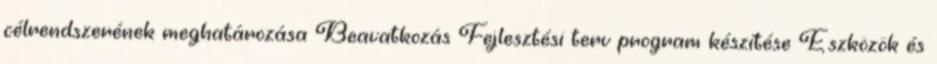
célrendszerének meghatározása Beavatkozás Fejlesztési terv program készítése Eszközök és